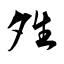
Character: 夝